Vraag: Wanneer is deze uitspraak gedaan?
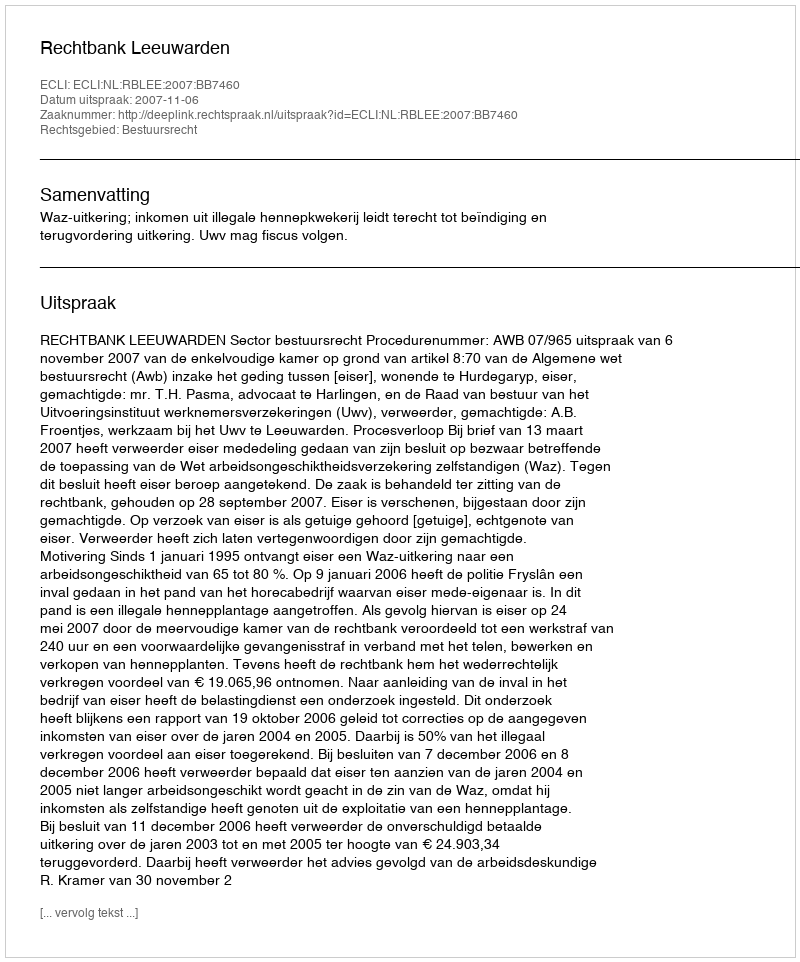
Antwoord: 2007-11-06